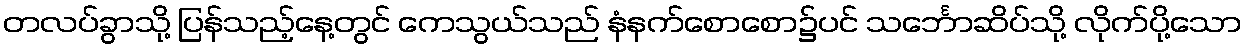
တလပ်ခွာသို့ ပြန်သည့်နေ့တွင် ကေသွယ်သည် နံနက်စောစော၌ပင် သင်္ဘောဆိပ်သို့ လိုက်ပို့သော